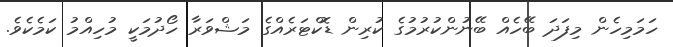
ހަމަމިހެން މިފަދަ ބޭހެއް ބޭނުންކުރުމުގެ ކުރިން ޑޮކްޓަރެއްގެ މަޝްވަރާ ހޯދުމަކީ މުހިއްމު ކަމެކެވެ.